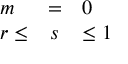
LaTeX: \begin{array} { l c l } { { m } } & { { = } } & { { 0 } } \\ { { r \leq } } & { { s } } & { { \leq 1 } } \end{array}